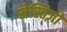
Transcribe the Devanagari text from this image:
मेस्तिज़ो